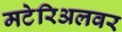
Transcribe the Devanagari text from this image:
मटेरिअलवर